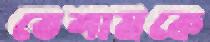
তেশামকে